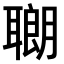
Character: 𫆍